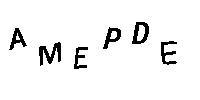
AMEPDE